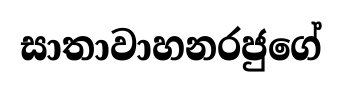
සාතාවාහනරජුගේ